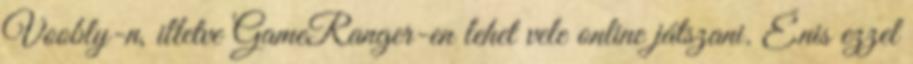
Voobly-n, illetve GameRanger-en lehet vele online játszani. Énis ezzel